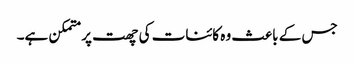
جس کے باعث وہ کائنات کی چھت پر متمکن ہے۔